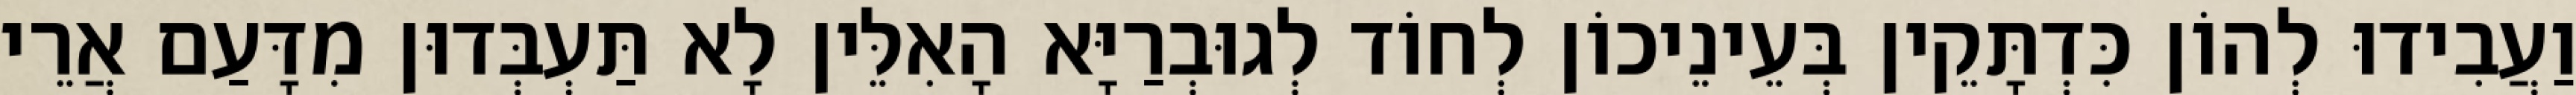
וַעֲבִידוּ לְהוֹן כִּדְתָּקֵין בְּעֵינֵיכוֹן לְחוֹד לְגוּבְרַיָּא הָאִלֵּין לָא תַּעְבְּדוּן מִדָּעַם אֲרֵי